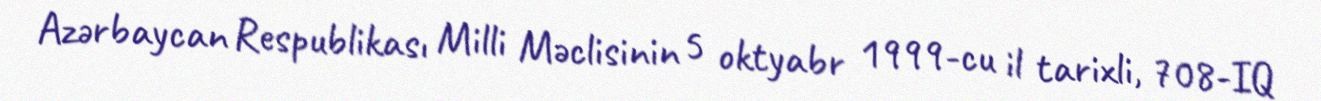
Azərbaycan Respublikası Milli Məclisinin 5 oktyabr 1999-cu il tarixli, 708-IQ